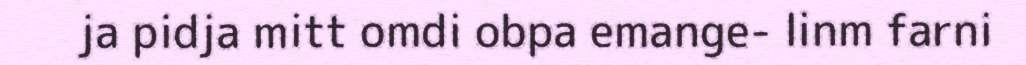
ja pidja mitt omdi obpa emange- linm farni